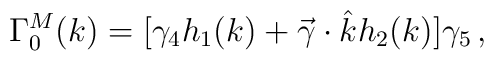
\Gamma_0^M(k) = [\gamma_4 h_1(k) + \vec \gamma \cdot \hat k    h_2(k)] \gamma_5 \, ,